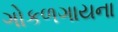
ગોકળગાયના